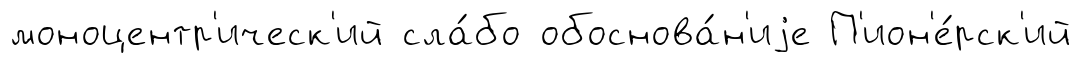
моноцентр'ическ'ий сла́бо обоснова́н'иjе П'ион'е́рск'ий